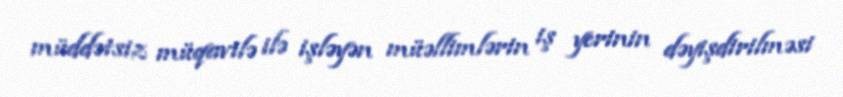
müddətsiz müqavilə ilə işləyən müəllimlərin iş yerinin dəyişdirilməsi